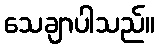
သေချာပါသည်။